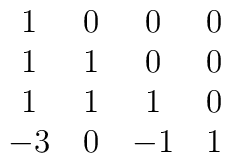
\matrix{ 1 & 0 & 0 & 0 \cr 1 & 1 & 0 & 0 \cr 1 & 1 & 1 & 0 \cr -3 & 0 &      -1 & 1 \cr  }